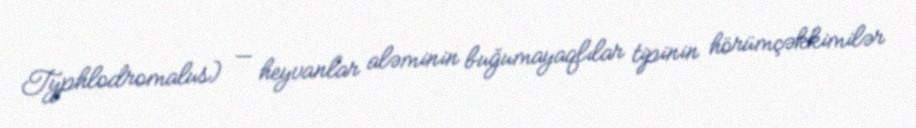
Typhlodromalus) — heyvanlar aləminin buğumayaqlılar tipinin hörümçəkkimilər